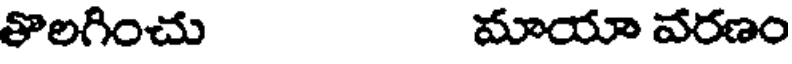
తొలగించు మాయా వరణం